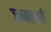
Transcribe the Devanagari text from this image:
जन्मसाखी